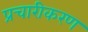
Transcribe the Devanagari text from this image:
प्रचारीकरण